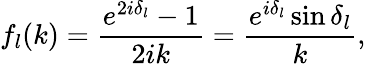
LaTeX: f_{l}(k)=\frac{e^{2i\delta_{l}}-1}{2ik}=\frac{e^{i\delta_{l}}\sin\delta_{l}}{k},